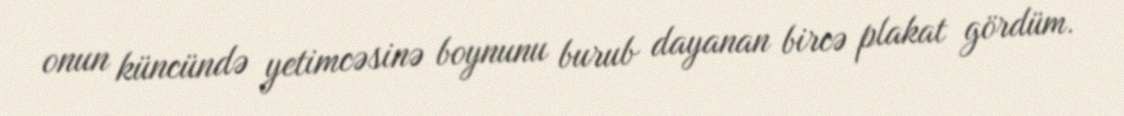
onun küncündə yetimcəsinə boynunu burub dayanan bircə plakat gördüm.